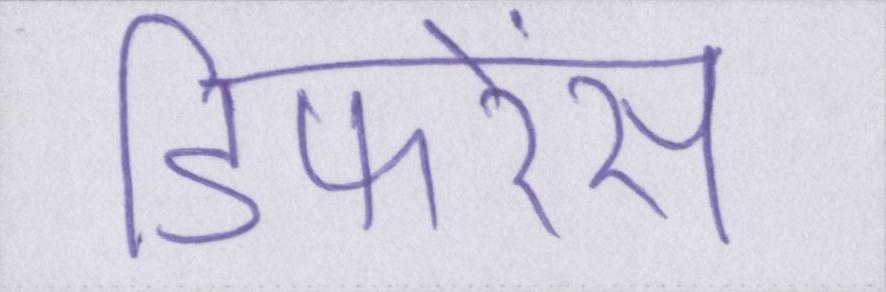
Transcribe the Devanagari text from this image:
डिफरेंस